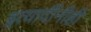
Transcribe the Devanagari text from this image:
इत्यादींनीही